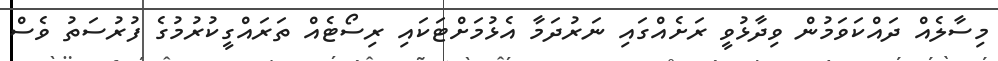
މިސާލެއް ދައްކަވަމުން ވިދާޅުވީ ރަށެއްގައި ނަރުދަމާ އެޅުމަށްޓަކައި ރިސޯޓެއް ތަރައްގީކުރުމުގެ ފުރުސަތު ވެސް